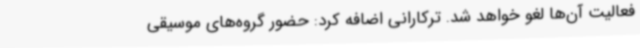
فعالیت آن‌ها لغو خواهد شد. ترکارانی اضافه کرد: حضور گروه‌های موسیقی